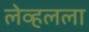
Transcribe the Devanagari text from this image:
लेव्हलला